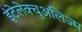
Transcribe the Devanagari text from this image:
इंटेलेक्चुअलिज्म